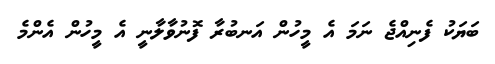
ބަޔަކު ފެނިއްޖެ ނަމަ އެ މީހުން އަނބުރާ ފޮނުވާލާނީ އެ މީހުން އެންމެ